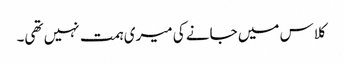
کلاس میں جانے کی میری ہمت نہیں تھی۔